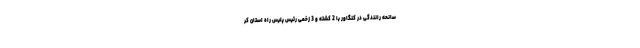
سانحه رانندگی در کنگاور با 2 کشته و 3 زخمی رئیس پلیس راه استان کر